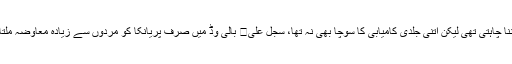
بچپن سے اداکارہ بننا چاہتی تھی لیکن اتنی جلدی کامیابی کا سوچا بھی نہ تھا، سجل علی	 بالی وڈ میں صرف پریانکا کو مردوں سے زیادہ معاوضہ ملتا ہے: کالکی کوچلن